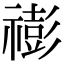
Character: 𥛻